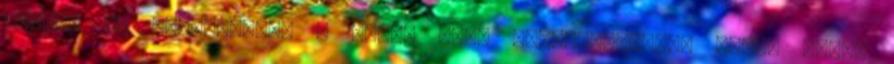
Ázsiát és felépítette a saját álom vállalkozását. Mitől álom?